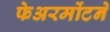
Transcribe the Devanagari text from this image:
फेअरमोंटने